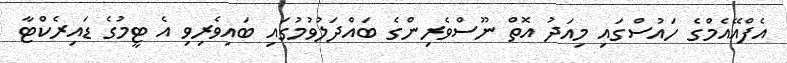
އެފްއޭއެމްގެ ހައުސްގައި މިއަދު އޮތް ނޫސްވެރިންގެ ބައްދަލުވުމުގައި ބައިވެރިވި އެ ޓީމުގެ ޑައިރެކްޓާ